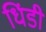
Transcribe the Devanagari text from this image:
धिंडी